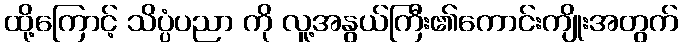
ထို့ကြောင့် သိပ္ပံပညာ ကို လူ့အနွယ်ကြီး၏ကောင်းကျိုးအတွက်